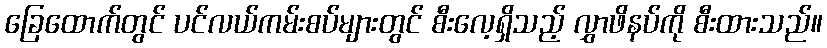
ခြေထောက်တွင် ပင်လယ်ကမ်းစပ်များတွင် စီးလေ့ရှိသည့် လွှာဖိနပ်ကို စီးထားသည်။